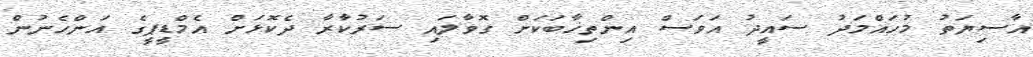
އާސިޔަތު މުހައްމަދު ސައީދު އަވަސް އިންތިޚާބަކަަށް ގޮވާލައި ސަރުކާރާ ދެކޮޅަށް އެމްޑީޕީގެ އަންހެނުން